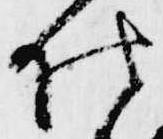
仕